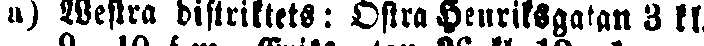
a) Westra distriktets: Östra Henriksgatan 3 kl.